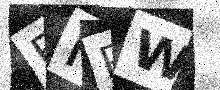
Text: BHPW